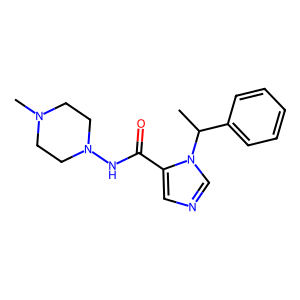
SMILES: CC(c1ccccc1)n1cncc1C(=O)NN1CCN(C)CC1
Inhibits HIV replication: No